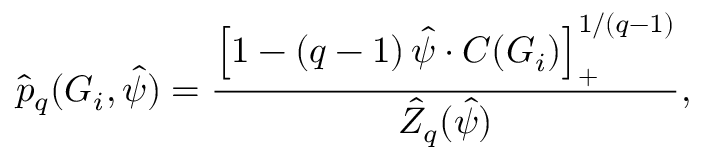
\hat { p } _ { q } ( G _ { i } , \hat { \psi } ) = \frac { \left[ 1 - ( q - 1 ) \, \hat { \psi } \cdot C ( G _ { i } ) \right] _ { + } ^ { 1 / ( q - 1 ) } } { \hat { Z } _ { q } ( \hat { \psi } ) } ,